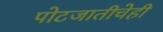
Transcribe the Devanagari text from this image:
पोटजातीचेही